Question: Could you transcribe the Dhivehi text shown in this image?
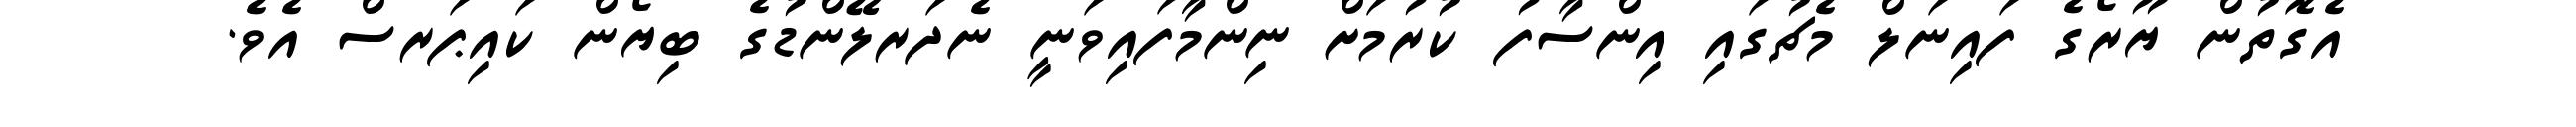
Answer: އެގޮތުން ޔޫރޯގެ ފައިނަލް މެޗުގައި އިންސާފު ކުރުމަށް ނިންމާފައިވަނީ ނެދަރލޭންޑުގެ ބިޔޯން ކައިޕަރސް އެވެ.